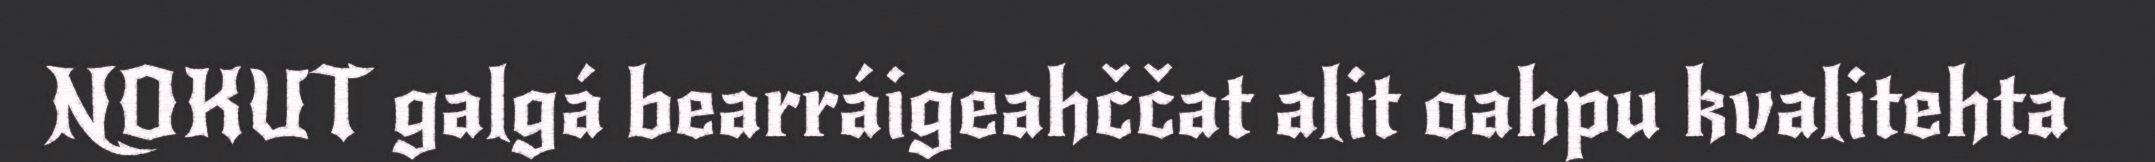
NOKUT galgá bearráigeahččat alit oahpu kvalitehta